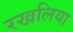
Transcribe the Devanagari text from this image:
रखलिया